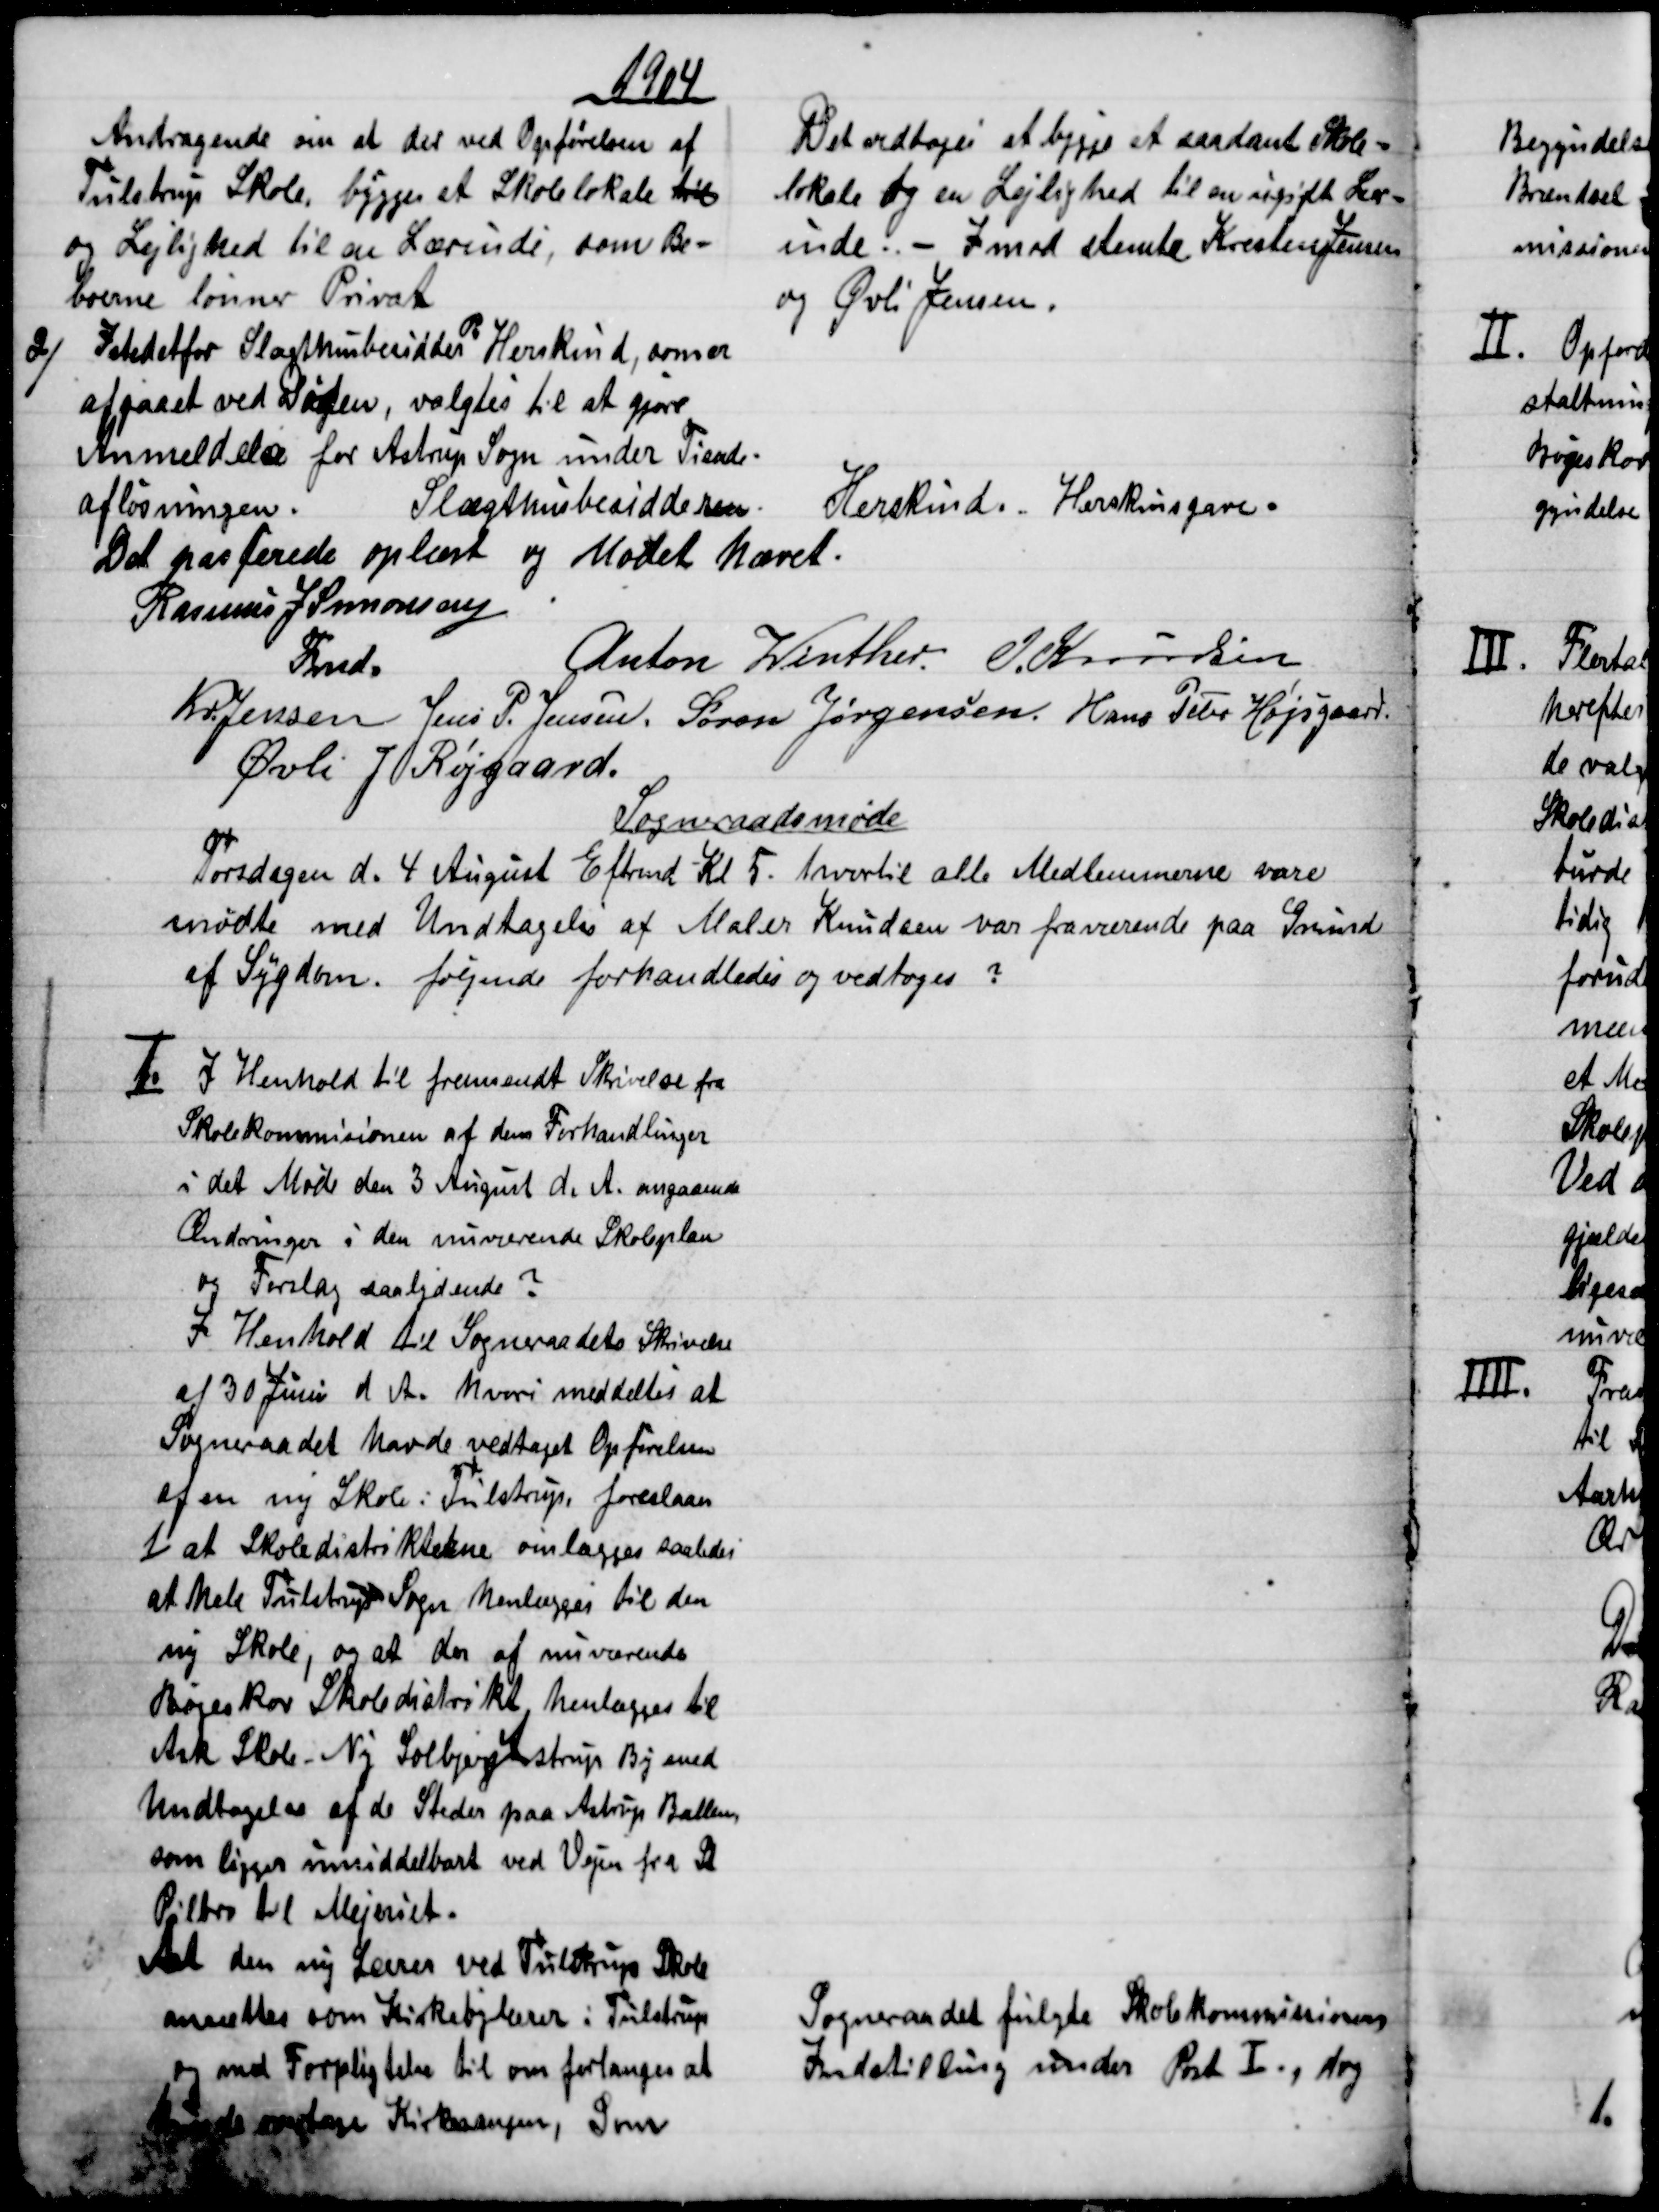
Transskription:
1904
Andragende om at der ved Opførelsen af
Tulstrup Skole, bygges et Skolelokale til
og Lejlighed til en Lærende, som Be=
boerne lønner Privat
Det vedtoges at bygge et saadant Skole=
lokale og en Lejlighed til en ugift Lær=
inde. - Imod stemte Kresten Jensen
og Øvli Jensen.
2)
Istedetfor Slægthusbesidder 
R
Herskind, som er
afgaaet ved Døden, valgtes til at gjøre
Anmeldelse for Astrup Sogn under Tiende-
afløsningen. Slægthusbesidderen.
Herskind. Herskinsgave.
Det passerede oplæst og Mødet hævet.
Rasmus J. Simonsen
Fmd.
Anton Winther J. Knudsen
Kr. Jensen Jens P. Jensen. Søren Jørgensen Hans Peter Højsgaard
Øvli J Røjgaard.
Sogneraadsmøde
Torsdagen d. 4 August Eftrmd Kl. 5. hvortil alle Medlemmerne vare
mødte med Undtagelse af Maler Knudsen var fraværende paa Grund
af Sygdom. følgende forhandledes og vedtoges
1.
I Henhold til fremsendt Skrivelse fra
Skolekommisionen af dens Forhandlinger
i det Møde den 3 August d. A. angaaende
Ændringer i den nuværende Skoleplan
og Forslag saalydende
I Henhold til Sogneraadets Skrivelse
af 30 Juni d. A. hvori meddeltes at
Sogneraadet havde vedtaget Opførelsen
af en ny Skole: Tulstrup, foreslaaes
1) at Skoledistrikterne omlægges saaledes
at hele Tulstrup Sogn henlægges til den
ny Skole, og at der af nuværende
Bøgeskov Skoledistrikt henlægges til
Ask Skole - Ny Solbjerg Astrup By med
Undtagelse af de Steder paa Astrup Ballen
som ligger imiddelbart ved Vejen fra St
Pilbro til Mejeriet.
At den ny Lærer ved Tulstrup Skole
ansættes som Kirkebylærer i Tulstrup
og med Forpligtelse til om forlanges at
kunde overtage Kirkesangen, Som
Sogneraadet fulgte Skolekommissionens
Indstilling under Pnt I., dog